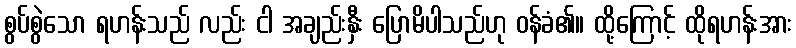
စွပ်စွဲသော ရဟန်းသည် လည်း ငါ အချည်းနှီး ပြောမိပါသည်ဟု ဝန်ခံ၏။ ထို့ကြောင့် ထိုရဟန်းအား